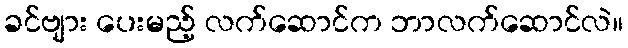
ခင်ဗျား ပေးမည့် လက်ဆောင်က ဘာလက်ဆောင်လဲ။